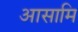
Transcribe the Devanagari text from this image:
आसामि